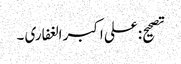
تصحیح: علی اکبر الغفاری ۔